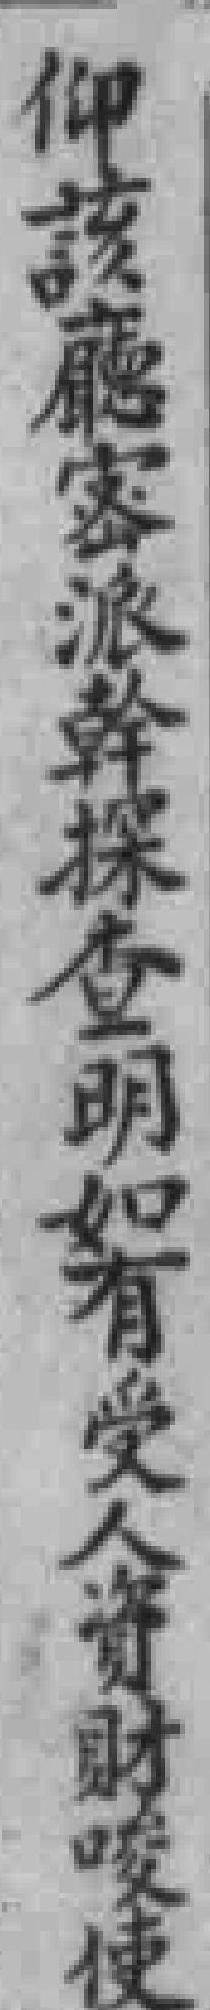
仰該廳密派幹探查明如有受人資財唆使